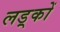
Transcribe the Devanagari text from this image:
लड़्कों